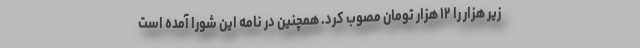
زیر هزار را ۱۲ هزار تومان مصوب کرد. همچنین در نامه این شورا آمده است